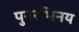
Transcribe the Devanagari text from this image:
पुनरभिनय